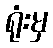
ရုံးမှ